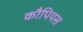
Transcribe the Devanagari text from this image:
कौपियस